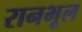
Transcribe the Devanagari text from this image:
रानभूल